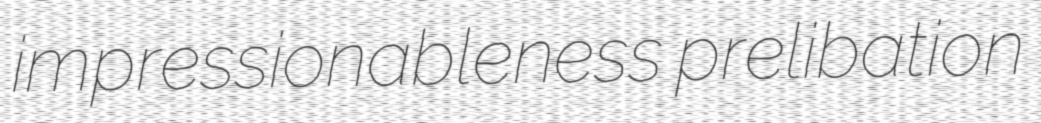
impressionableness prelibation